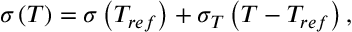
\sigma \left( T \right) = \sigma \left( { { T _ { r e f } } } \right) + { \sigma _ { T } } \left( { T - { T _ { r e f } } } \right) ,